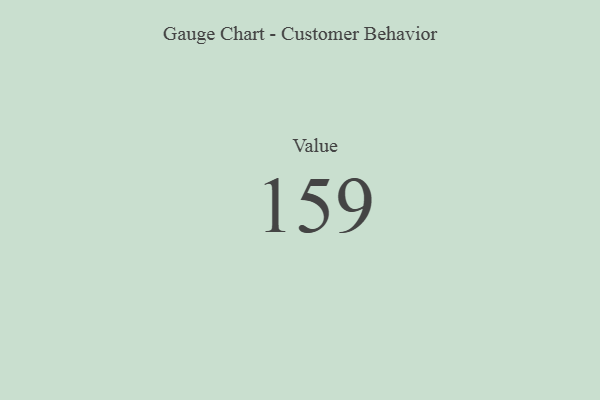
{"axis": {"x": "Metric", "y": "Value"}, "legend": [""], "data": [{"x": "Value", "y": 159, "type": ""}]}